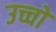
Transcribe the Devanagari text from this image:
उच्चों